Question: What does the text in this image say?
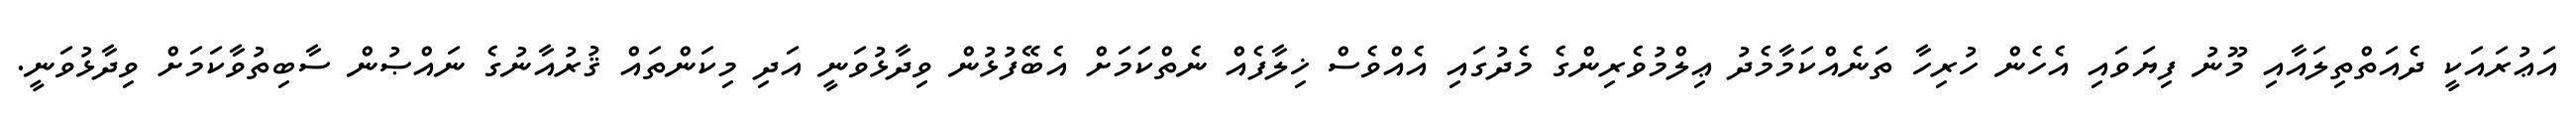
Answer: އަޢުރައަކީ ދެއަތްތިލައާއި މޫނު ފިޔަވައި އެހެން ހުރިހާ ތަނެއްކަމާމެދު ޢިލްމުވެރިންގެ މެދުގައި އެއްވެސް ޚިލާފެއް ނެތްކަމަށް އެބޭފުޅުން ވިދާޅުވަނީ އަދި މިކަންތައް ޤުރުއާނުގެ ނައްޞުން ސާބިތުވާކަމަށް ވިދާޅުވަނީ.